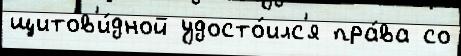
щитов'и́дной удосто́илс'я пра́ва со